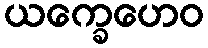
ယက္ခေဟေဝ